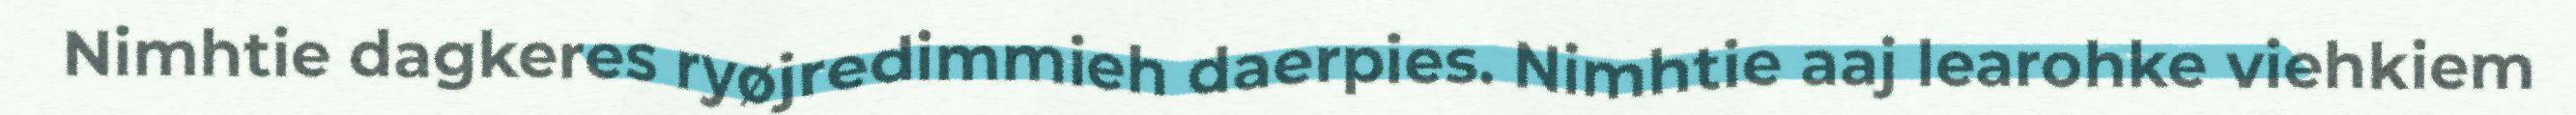
Nimhtie dagkeres ryøjredimmieh daerpies. Nimhtie aaj learohke viehkiem